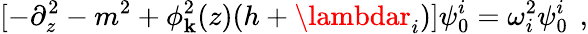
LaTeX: [-\partial_{z}^{2}-m^{2}+\phi_{\mathbf{k}}^{2}(z)(h+\lambdar_{i})]\psi_{0}^{i}=\omega_{i}^{2}\psi_{0}^{i}\, \ ,